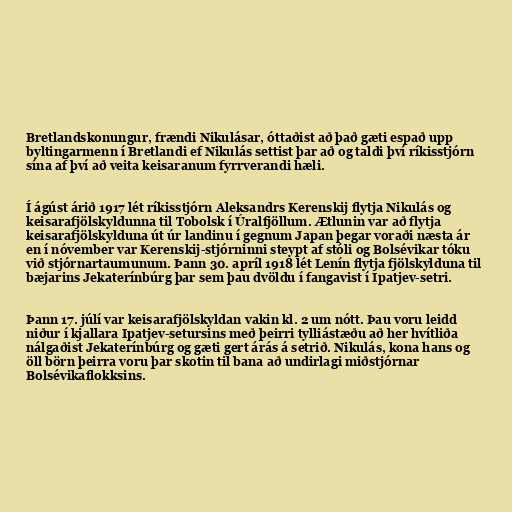
Bretlandskonungur, frændi Nikulásar, óttaðist að það gæti espað upp
byltingarmenn í Bretlandi ef Nikulás settist þar að og taldi því ríkisstjórn
sína af því að veita keisaranum fyrrverandi hæli.

Í ágúst árið 1917 lét ríkisstjórn Aleksandrs Kerenskij flytja Nikulás og
keisarafjölskyldunna til Tobolsk í Úralfjöllum. Ætlunin var að flytja
keisarafjölskylduna út úr landinu í gegnum Japan þegar voraði næsta ár
en í nóvember var Kerenskij-stjórninni steypt af stóli og Bolsévikar tóku
við stjórnartaumunum. Þann 30. apríl 1918 lét Lenín flytja fjölskylduna til
bæjarins Jekaterínbúrg þar sem þau dvöldu í fangavist í Ipatjev-setri.

Þann 17. júlí var keisarafjölskyldan vakin kl. 2 um nótt. Þau voru leidd
niður í kjallara Ipatjev-setursins með þeirri tylliástæðu að her hvítliða
nálgaðist Jekaterínbúrg og gæti gert árás á setrið. Nikulás, kona hans og
öll börn þeirra voru þar skotin til bana að undirlagi miðstjórnar
Bolsévikaflokksins.